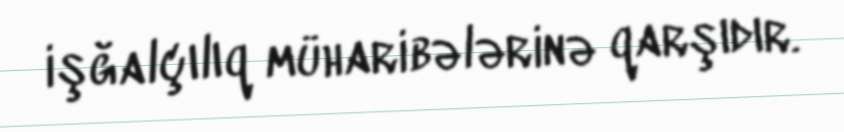
işğalçılıq müharibələrinə qarşıdır.